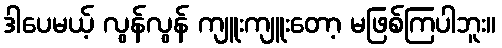
ဒါပေမယ့် လွန်လွန် ကျူးကျူးတော့ မဖြစ်ကြပါဘူး။